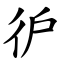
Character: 㣗